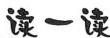
读一读